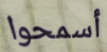
أسمحوا